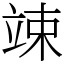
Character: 竦